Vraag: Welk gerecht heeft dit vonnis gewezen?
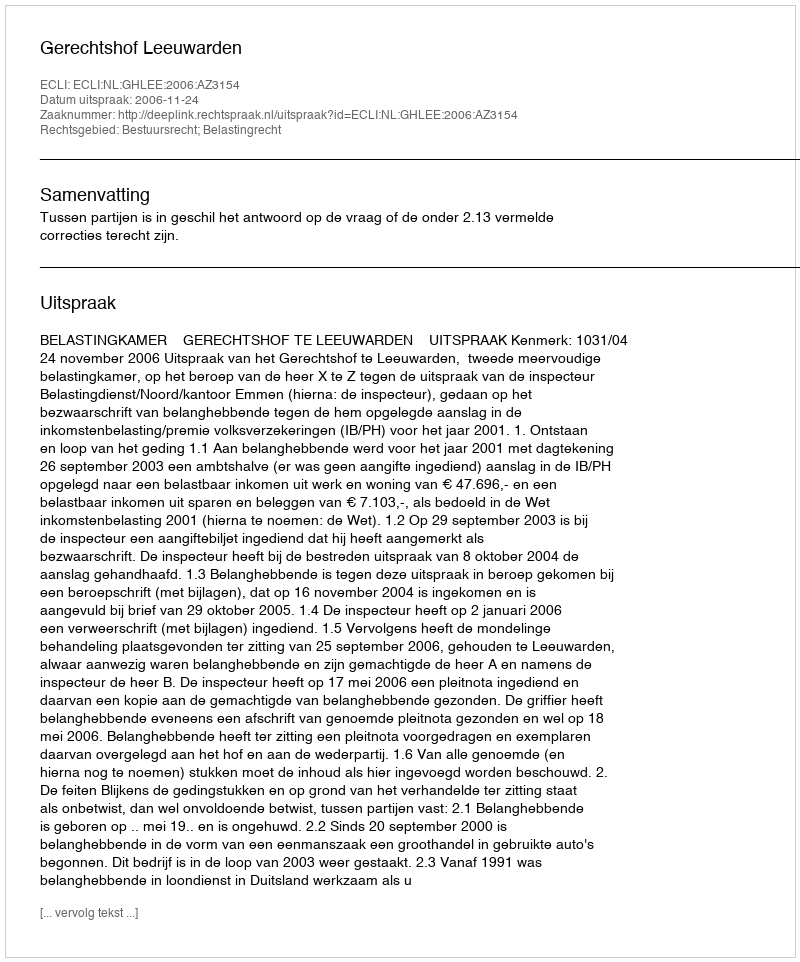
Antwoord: Gerechtshof Leeuwarden